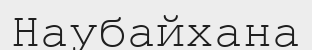
Наубайхана